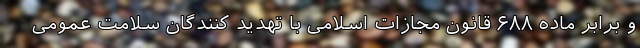
و برابر ماده ۶۸۸ قانون مجازات اسلامی با تهدید کنندگان سلامت عمومی